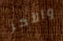
والأخر